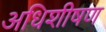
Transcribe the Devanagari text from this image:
अधिशीषण